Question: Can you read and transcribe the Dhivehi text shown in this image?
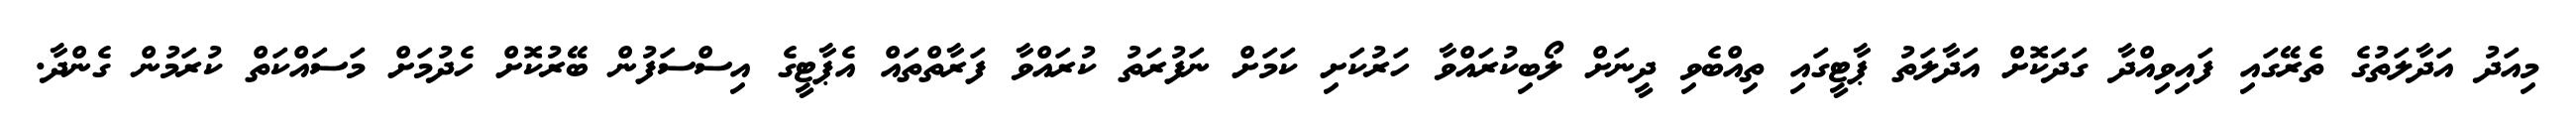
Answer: މިއަދު އަދާލަތުގެ ތެރޭގައި ފައިވިއްދާ ގަދަކޮށް އަދާލަތު ޕާޓީގައި ތިއްބެވި ދީނަށް ލޯބިކުރައްވާ ހަރުކަށި ކަމަށް ނަފުރަތު ކުރައްވާ ފަރާތްތައް އެޕާޓީގެ އިސްސަފުން ބޭރުކޮށް ހެދުމަށް މަސައްކަތް ކުރަމުން ގެންދާ.